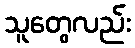
သူတွေလည်း